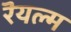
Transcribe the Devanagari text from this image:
रॆयल्म